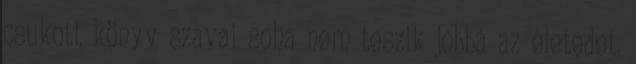
csukott könyv szavai soha nem teszik jobbá az életedet.